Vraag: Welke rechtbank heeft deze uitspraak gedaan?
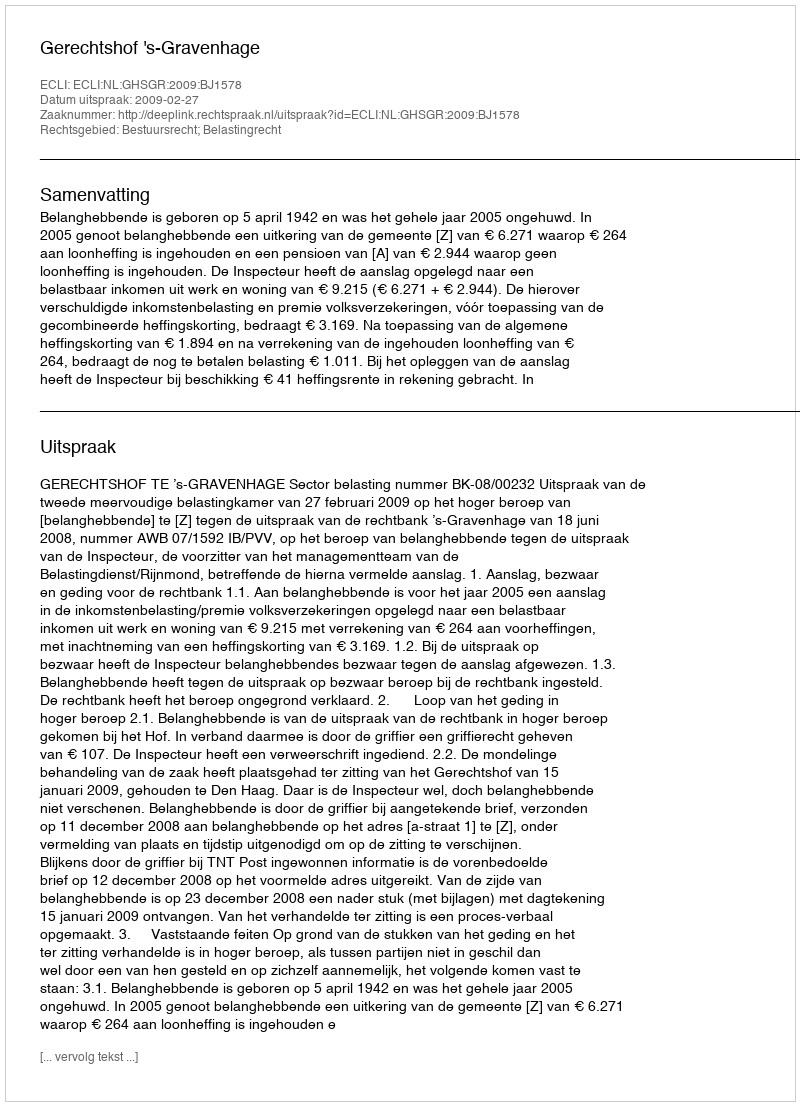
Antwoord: Gerechtshof 's-Gravenhage